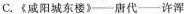
C.《咸阳城东楼》——唐代——许浑